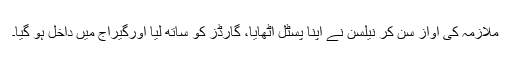
ملازمہ کی آواز سن کر نیلسن نے اپنا پسٹل اٹھایا، گارڈز کو ساتھ لیا اورگیراج میں داخل ہو گیا۔